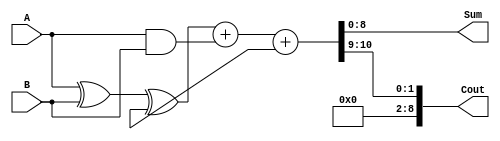
module CarrySkipAdder(input wire [7:0] A, B,
                        output wire [8:0] Sum, Cout);

reg [7:0] P, G;
reg [8:0] C;

assign P = A ^ B;
assign G = A & B;

assign {Cout, Sum} = (P ^ C) + G + C;

endmodule